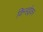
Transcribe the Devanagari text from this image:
किन्हईकर